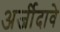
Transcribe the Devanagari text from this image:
अर्जीदावे